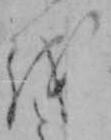
を